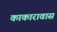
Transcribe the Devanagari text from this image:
काकारावास